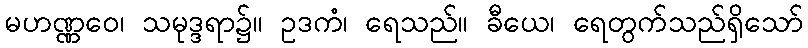
မဟဏ္ဏဝေ၊ သမုဒ္ဒရာ၌။ ဥဒကံ၊ ရေသည်။ ခီယေ၊ ရေတွက်သည်ရှိသော်